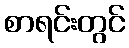
စာရင်းတွင်